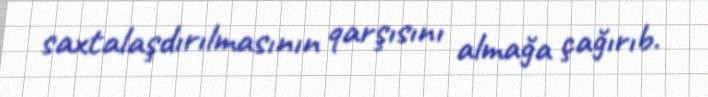
saxtalaşdırılmasının qarşısını almağa çağırıb.